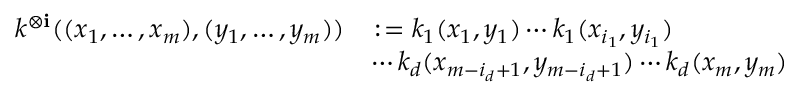
\begin{array} { r l } { k ^ { \otimes \mathbf { i } } ( ( x _ { 1 } , \dots , x _ { m } ) , ( y _ { 1 } , \dots , y _ { m } ) ) } & { \colon \! \! \! = k _ { 1 } ( x _ { 1 } , y _ { 1 } ) \cdots k _ { 1 } ( x _ { i _ { 1 } } , y _ { i _ { 1 } } ) } \\ & { \cdots k _ { d } ( x _ { m - i _ { d } { + 1 } } , y _ { m - i _ { d } { + 1 } } ) \cdots k _ { d } ( x _ { m } , y _ { m } ) } \end{array}